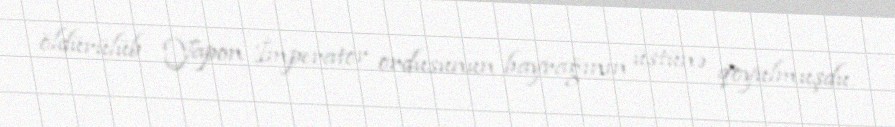
öldürülüb Yapon İmperator ordusunun bayrağının üstünə qoyulmuşdu.